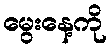
မွေးနေ့ကို